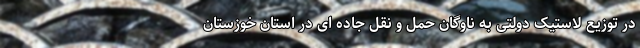
در توزیع لاستیک دولتی به ناوگان حمل و نقل جاده ای در استان خوزستان